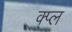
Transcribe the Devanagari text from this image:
क्प्ल